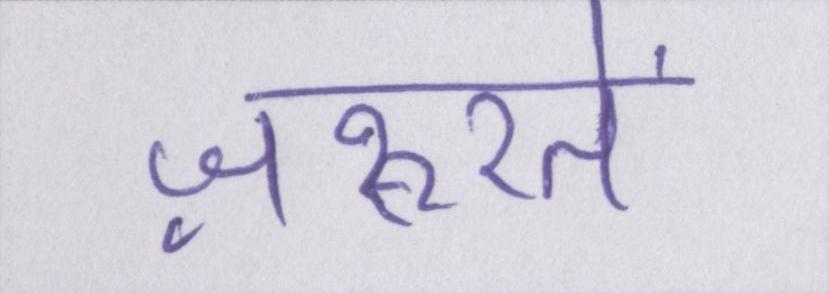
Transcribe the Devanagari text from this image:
ज़रूरतें